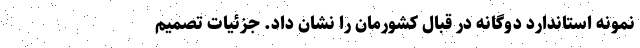
نمونه استاندارد دوگانه در قبال کشورمان را نشان داد. جزئیات تصمیم‌